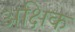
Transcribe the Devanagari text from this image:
अक्षिक